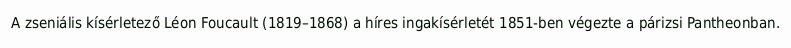
A zseniális kísérletező Léon Foucault (1819–1868) a híres ingakísérletét 1851-ben végezte a párizsi Pantheonban.